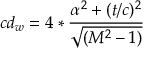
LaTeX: c d _ { w } = 4 * { \frac { \alpha ^ { 2 } + ( t / c ) ^ { 2 } } { \sqrt { ( M ^ { 2 } - 1 ) } } }